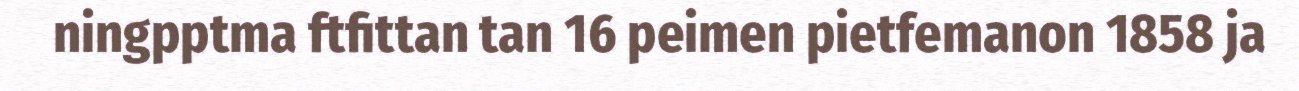
ningpptma ftfittan tan 16 peimen pietfemanon 1858 ja